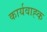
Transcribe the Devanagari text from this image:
कार्यवाह्क